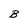
Character: B